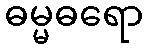
ဓမ္မဓရော